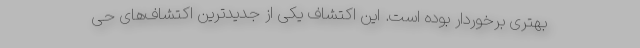
بهتری برخوردار بوده است. این اکتشاف یکی از جدیدترین اکتشاف‌های حی